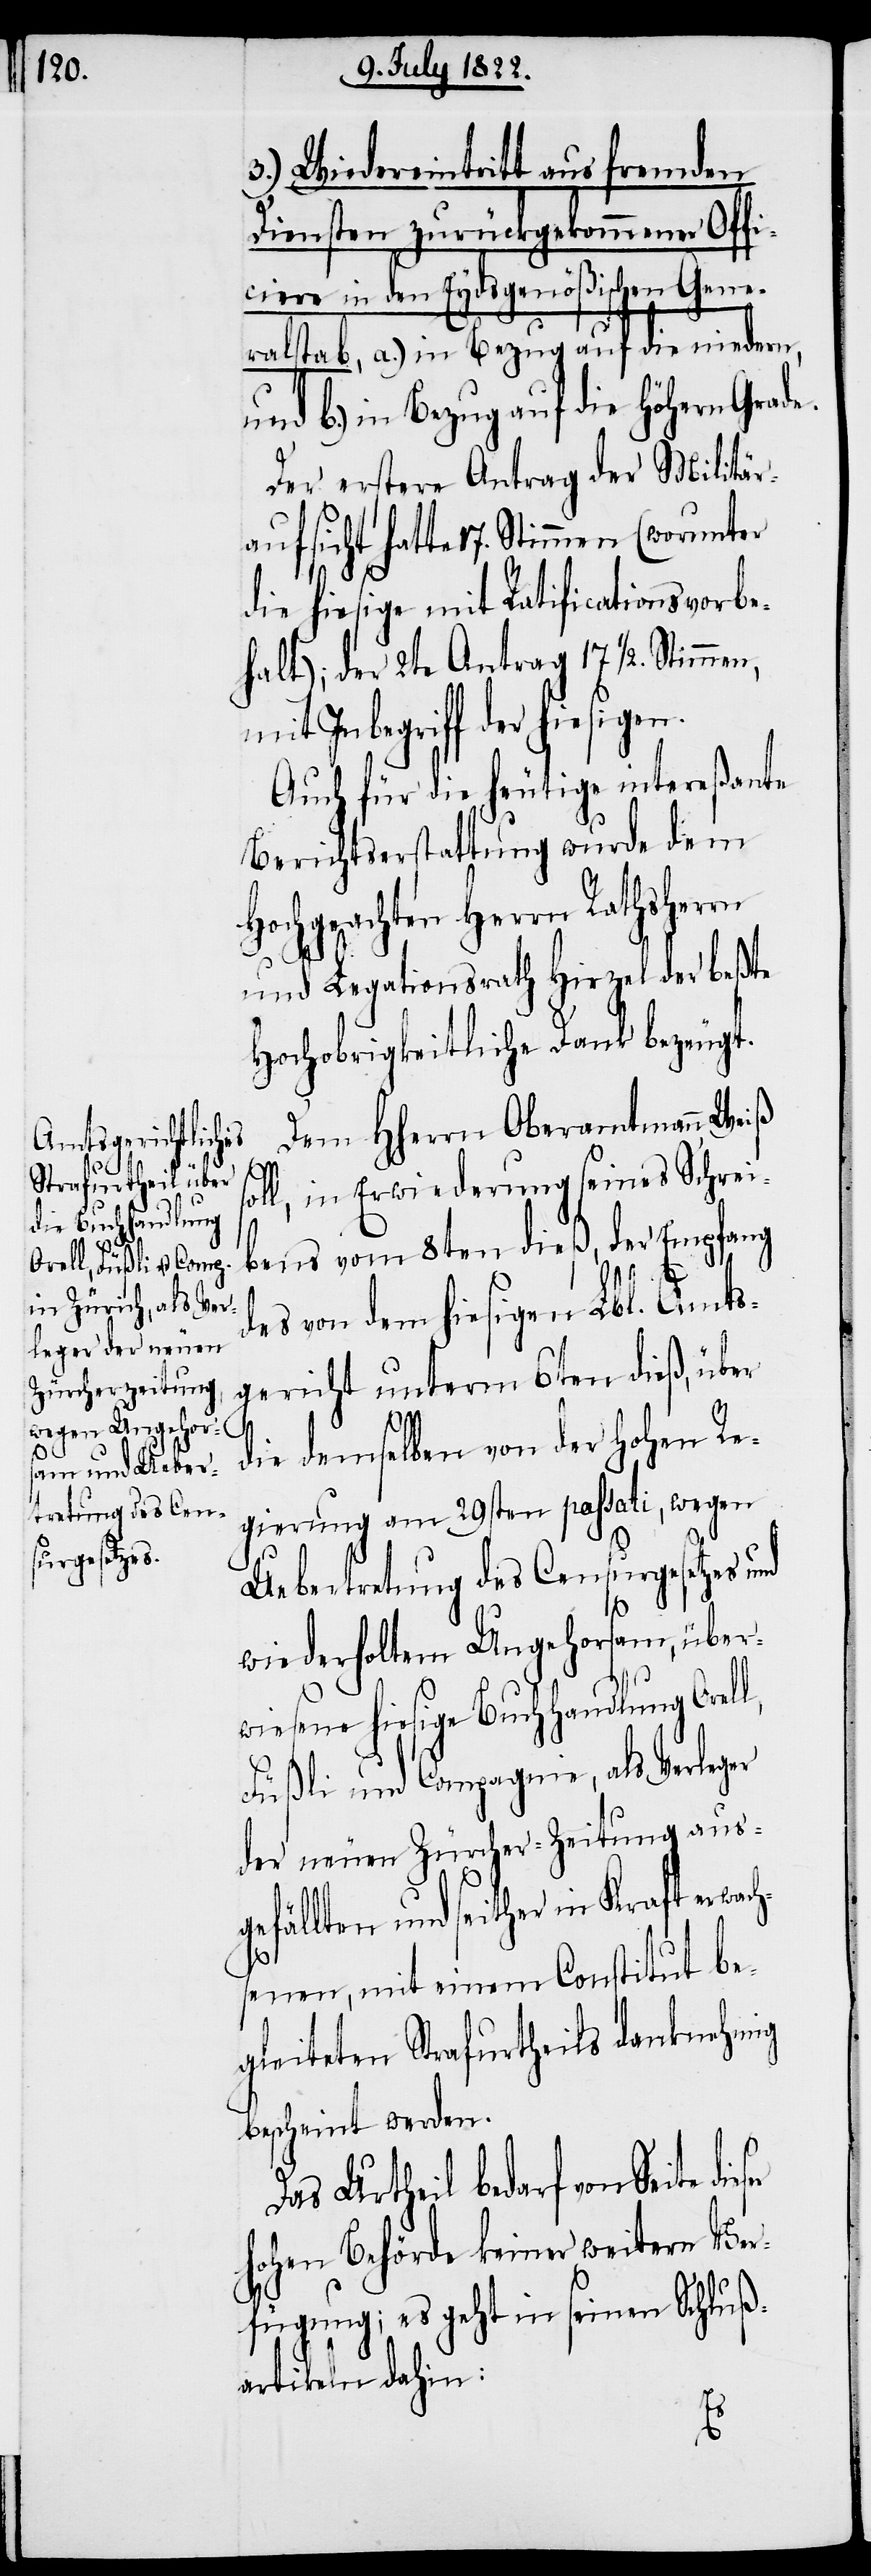
3.) Wiedereintritt aus fremden
Diensten zurückgekommener Offi¬
ciere in den Eydsgenößischen Gene¬
ralstab, a.) in Bezug auf die niedern,
und b.) in Bezug auf die höhern Grade.
Der erstere Antrag der Militär¬
aufsicht hatte 17. Stimmen (worunter
die hiesige mit Ratificationsvorbe¬
halt); der 2te Antrag 17 ½ Stimmen,
mit Inbegriff der hie¬
Auch für die heutige intereßante
Berichtserstattung wurde dem
Hochgeachten Herrn Rathsherrn
und Legationsrath Hirzel der beßte
Hochobrigkeitliche Dank bezeugt.
Dem HHerrn Oberamtmann Weiß
h¬
oll, in Erwiederung seines Schrei¬
bens vom 8ten dieß, der Empfang
en.
des von dem hiesigen Lbl. Amts¬
gericht unterm 6ten dieß, über
sig¬
die demselben von der Hohen Re¬
gierung am 29sten passati, wegen
Uebertretung des Censurgesetzes und
wiederholten Ungehorsam, über¬
wiesene hiesige Buchhandlung Orell,
Füßli und Compagnie, als Verleger
der neuen Zürcher-Zeitung aus¬
gefällten und seither in Kraft erwac¬
senen, mit einem Constitut be¬
gleiteten Strafurtheils danknehmig
bescheint werden.
Das Urtheil bedarf von Seite
Hohen Behörde keiner weitern Ver¬
fügung; es geht in seinen Schluß¬
artikeln dahin: